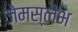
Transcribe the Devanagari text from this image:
जेमस्लेभ